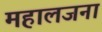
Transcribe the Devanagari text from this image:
महालजना